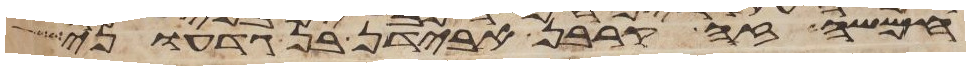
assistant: חמשה זה קרבן אבידן בן גדעוני